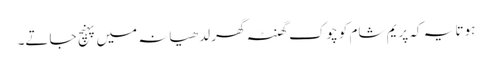
ہوتا یہ کہ پریم شام کو چوک گھنٹہ گھر لدھیانہ میں پہنچ جاتے۔